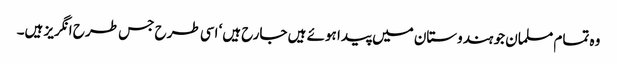
وہ تمام مسلمان جو ہندوستان میں پیدا ہوئے ہیں جارح ہیں‘ اسی طرح جس طرح انگریز ہیں۔